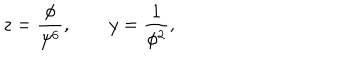
z = \frac { \phi } { \psi ^ { 6 } } , \quad \quad y = \frac 1 { \phi ^ { 2 } } ,